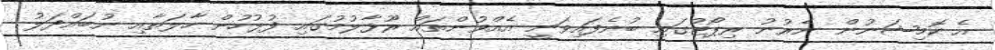
އެ ކޮމިޝަނުން ނެރުނު ރިޕޯޓުގައި ބުނެފައިވަނީ އެއްވުންތައް ރޫޅާލުމުގައި ފުލުހުން ހާލަތާއި ނުބައްދަލު